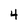
Character: 4